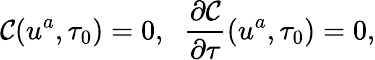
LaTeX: \mathcal{C}(u^{a},\tau_{0})=0,\; \; \frac{{\partial\mathcal{C}}}{{\partial\tau}}(u^{a},\tau_{0})=0,